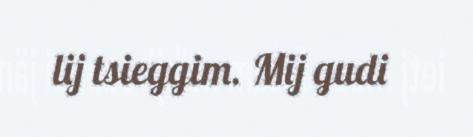
lij tsieggim. Mij gudi